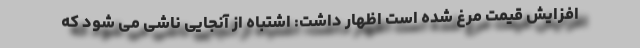
افزایش قیمت مرغ شده است اظهار داشت: اشتباه از آنجایی ناشی می شود که